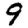
Digit: 9